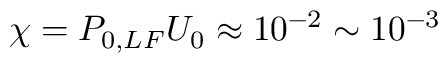
\chi = P _ { 0 , L F } U _ { 0 } \approx 1 0 ^ { - 2 } \sim 1 0 ^ { - 3 }